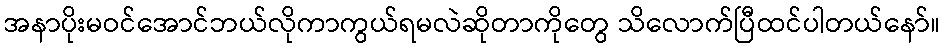
အနာပိုးမဝင်အောင်ဘယ်လိုကာကွယ်ရမလဲဆိုတာကိုတွေ သိလောက်ပြီထင်ပါတယ်နော်။